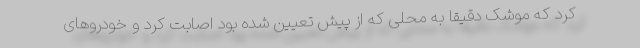
کرد که موشک دقیقا به محلی که از پیش تعیین شده بود اصابت کرد و خودروهای